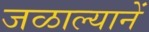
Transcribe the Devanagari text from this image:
जळाल्यानें